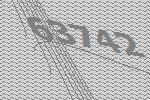
63742